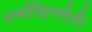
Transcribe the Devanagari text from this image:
गर्भाद्रिपर्वती